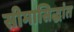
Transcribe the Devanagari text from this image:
सीमासिद्धांत